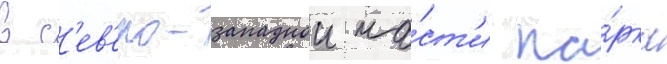
В с'ев'еро-западнои ча́ст'и па́рка